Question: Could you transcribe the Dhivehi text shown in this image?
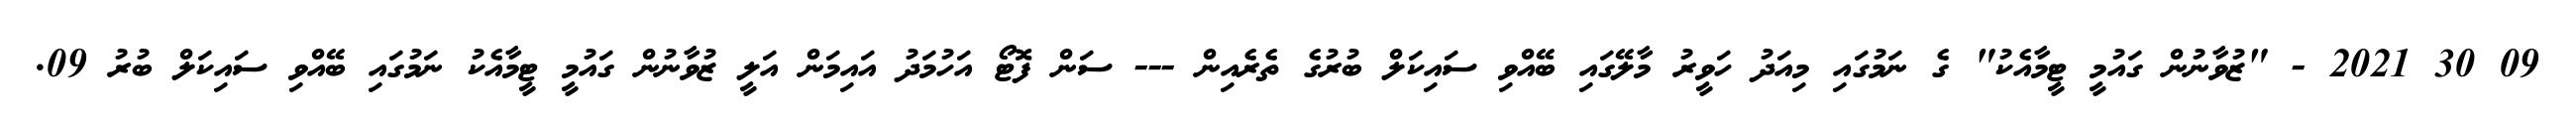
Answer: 09 30 2021 - "ޒުވާނުން ގައުމީ ޓީމާއެކު" ގެ ނަމުގައި މިއަދު ހަވީރު މާލޭގައި ބޭއްވި ސައިކަލް ބުރުގެ ތެރެއިން --- ސަން ފޮޓޯ އަހުމަދު އައިމަން އަލީ ޒުވާނުން ގައުމީ ޓީމާއެކު ނަމުގައި ބޭއްވި ސައިކަލް ބުރު 09.